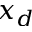
x _ { d }